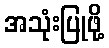
အသုံးပြုဖို့